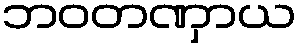
ဘဝတဏှာယ